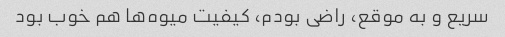
سریع و به موقع، راضی بودم، کیفیت میوه‌ها هم خوب بود